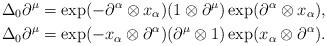
LaTeX: \begin{align*}\Delta_0\partial^\mu = \exp(-\partial^\alpha\otimes x_\alpha)(1\otimes\partial^\mu)\exp(\partial^\alpha\otimes x_\alpha),\\\Delta_0\partial^\mu = \exp(-x_\alpha\otimes\partial^\alpha)(\partial^\mu\otimes 1)\exp(x_\alpha\otimes\partial^\alpha).\end{align*}